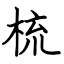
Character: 梳